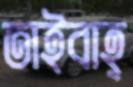
তাইবাহ্